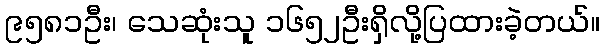
၉၅၈၁ဦး၊ သေဆုံးသူ ၁၆၅၂ဦးရှိလို့ပြထားခဲ့တယ်။